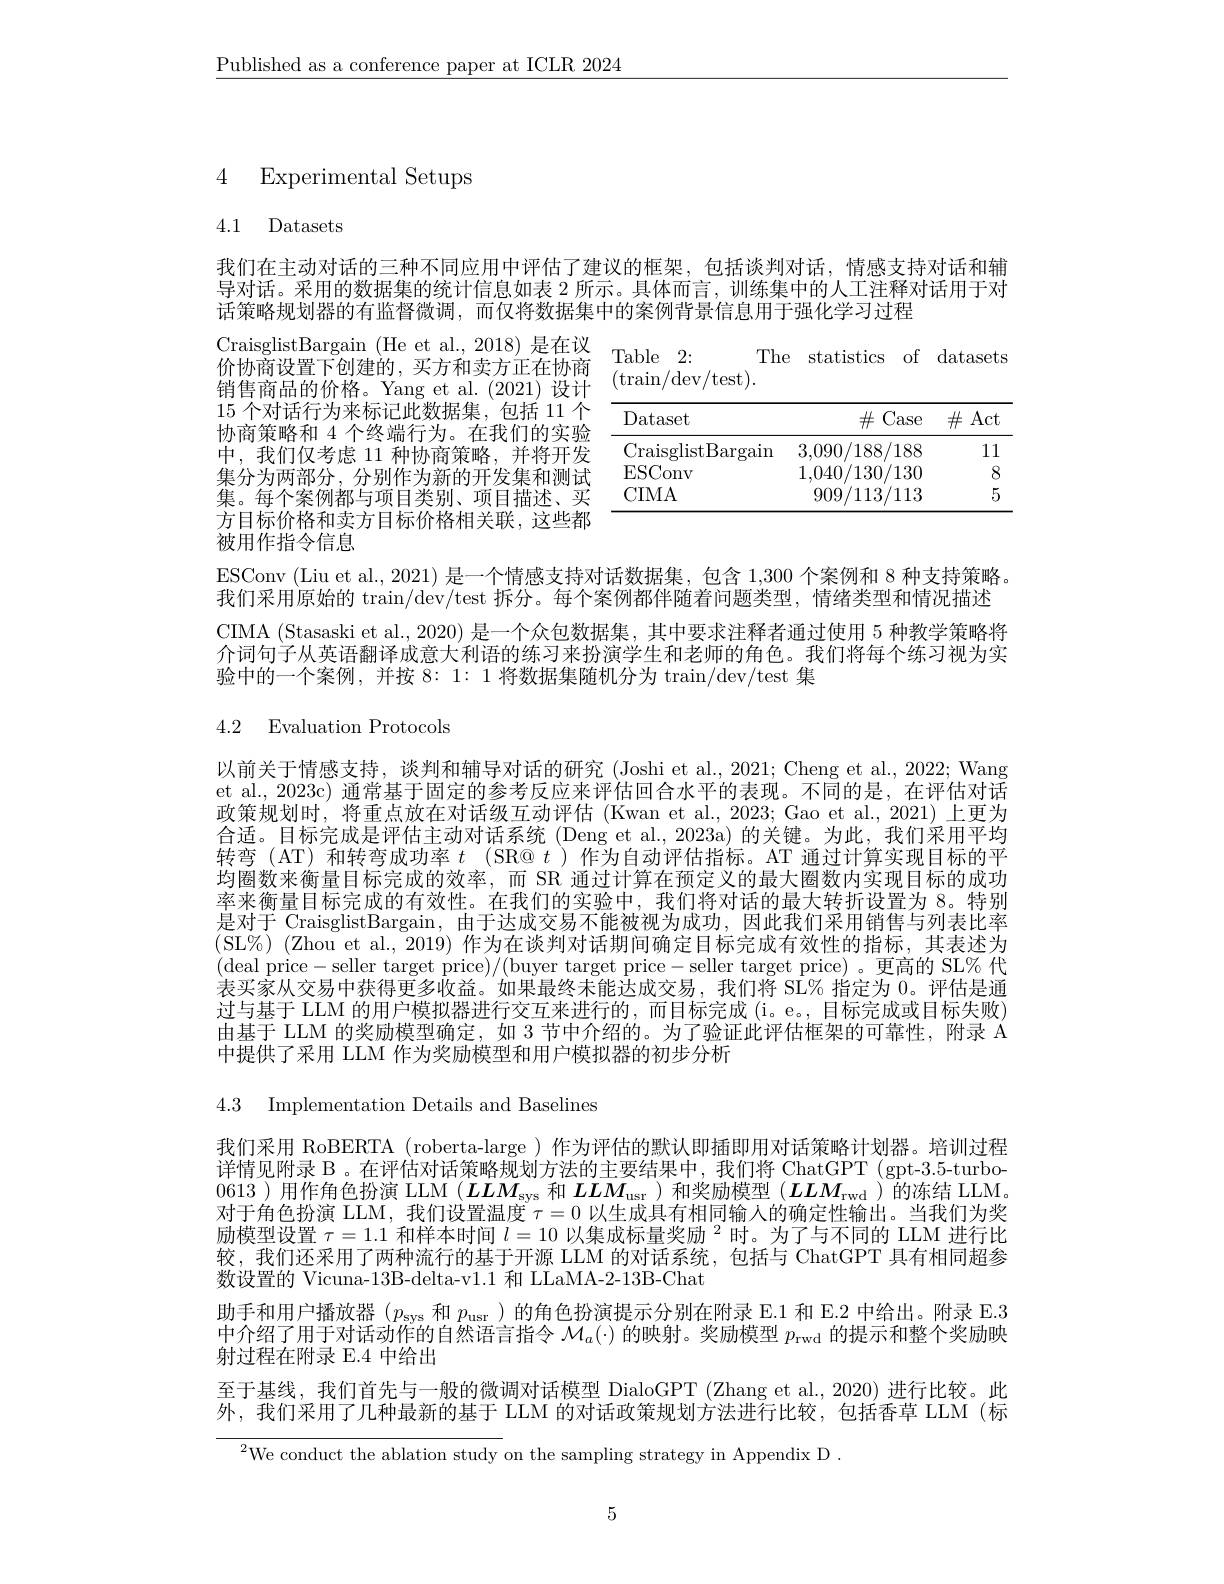
$\underline{\text{Published as a conference paper at ICLR 2024}}$

# 4 Experimental Setups

# 4.1 Datasets

我们在主动对话的三种不同应用中评估了建议的框架，包括谈判对话，情感支持对话和辅导对话。采用的数据集的统计信息如表 2 所示。具体而言，训练集中的人工注释对话用于对话策略规划器的有监督微调，而仅将数据集中的案例背景信息用于强化学习过程

$\begin{array}{ll}{\text{CraisglistBargain (He et al., 2018) 是在议}}&{\text{Table 2:}}\\{\text{价协商设置下创建的，买方和卖方正在协商}}&{\text{(train/dew)}}\end{array}$
The statistics of datasets
$(\operatorname{train}/\operatorname{dev}/\operatorname{test}).$

销售商品的价格。Yang et al.(2021)设计15 个对话行为来标记此数据集，包括 11 个协商策略和 4 个终端行为。在我们的实验中，我们仅考虑 11 种协商策略，并将开发集分为两部分，分别作为新的开发集和测试集。每个案例都与项目类别、项目描述、买方目标价格和卖方目标价格相关联，这些都被用作指令信息

<table>
	<tbody>
		<tr>
			<th>Dataset</th>
			<th>$\#$Case</th>
			<th>$\#$ Act</th>
		</tr>
		<tr>
			<td>CraisglistBargain</td>
			<td>3,090/188/188</td>
			<td>11</td>
		</tr>
		<tr>
			<td>ESConv</td>
			<td>1,040/130/130</td>
			<td>8</td>
		</tr>
		<tr>
			<td>CIMA</td>
			<td>909/113/113 1 1 1</td>
			<td>5</td>
		</tr>
	</tbody>
</table>

ESConv (Liu et al., 2021) 是一个情感支持对话数据集，包含 1,300 个案例和 8 种支持策略。我们采用原始的$\operatorname{train}/\operatorname{dev}/\operatorname{test}$拆分。每个案例都伴随着问题类型，情绪类型和情况描述CIMA (Stasaski et al., 2020) 是一个众包数据集，其中要求注释者通过使用 5 种教学策略将介词句子从英语翻译成意大利语的练习来扮演学生和老师的角色。我们将每个练习视为实验中的一个案例，并按 8: 1: 1 将数据集随机分为 train/dev/test 集

4.2 Evaluation Protocols

以前关于情感支持，谈判和辅导对话的研究 (Joshi et al., 2021; Cheng et al., 2022; Wang et al., 2023c) 通常基于固定的参考反应来评估回合水平的表现。不同的是，在评估对话政策规划时，将重点放在对话级互动评估 (Kwan et al., 2023; Gao et al., 2021) 上更为合适。目标完成是评估主动对话系统 (Deng et al., 2023a) 的关键。为此，我们采用平均转弯 (AT)和转弯成功率$t$ (SR@ $t$ )作为自动评估指标。AT 通过计算实现目标的平均圈数来衡量目标完成的效率，而 SR 通过计算在预定义的最大圈数内实现目标的成功率来衡量目标完成的有效性。在我们的实验中，我们将对话的最大转折设置为 8。特别是对于 CraisglistBargain, 由于达成交易不能被视为成功，因此我们采用销售与列表比率(SL%) (Zhou et al., 2019) 作为在谈判对话期间确定目标完成有效性的指标，其表述为(deal price-seller target price)/(buyer target price-seller target price)。更高的 SL%代表买家从交易中获得更多收益。如果最终未能达成交易，我们将 SL% 指定为0。评估是通过与基于 LLM 的用户模拟器进行交互来进行的，而目标完成(i。e。,目标完成或目标失败) 由基于 LLM 的奖励模型确定，如 3 节中介绍的。为了验证此评估框架的可靠性，附录 A 中提供了采用 LLM 作为奖励模型和用户模拟器的初步分析

4.3 Implementation Details and Baselines

我们采用 RoBERTA (roberta-large)作为评估的默认即插即用对话策略计划器。培训过程详情见附录 B 。在评估对话策略规划方法的主要结果中，我们将 ChatGPT (gpt-3.5-turbo- 0613 )用作角色扮演 LLM $(\boldsymbol{LL}M_\mathrm{sys}$和$\boldsymbol{LL}M_\mathrm{usr}$ )和奖励模型$(\boldsymbol{LL}M_\mathrm{rwd}$ )的冻结 LLM。对于角色扮演 LLM, 我们设置温度$\tau=0$以生成具有相同输人的确定性输出。当我们为奖励模型设置$\tau=1.1$和样本时间$l=10\text{ 以集成标量奖励 }^2$时。为了与不同的 LLM 进行比较，我们还采用了两种流行的基于开源 LLM 的对话系统，包括与 ChatGPT 具有相同超参数设置的 Vicuna-13B-delta-v1.1 和 LLaMA-2-13B-Chat
助手和用户播放器$(p_\mathrm{sys}$和$p_\mathrm{usr}$ )的角色扮演提示分别在附录 E.1 和 E.2 中给出。附录 E.3中介绍了用于对话动作的自然语言指令$\mathcal{M}_a(\cdot)$的映射。奖励模型$p_\mathrm{rwd}$的提示和整个奖励映射过程在附录 E.4 中给出
至于基线，我们首先与一般的微调对话模型 DialoGPT (Zhang et al., 2020) 进行比较。此外，我们采用了几种最新的基于 LLM 的对话政策规划方法进行比较，包括香草 LLM (标
$^{2}$We conduct the ablation study on the sampling strategy in Appendix D

5